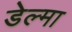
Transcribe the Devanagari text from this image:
डेल्मा